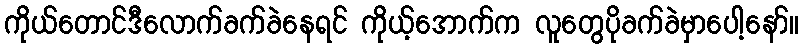
ကိုယ်တောင်ဒီလောက်ခက်ခဲနေရင် ကိုယ့်အောက်က လူတွေပိုခက်ခဲမှာပေါ့နော်။